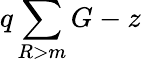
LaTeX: q\sum\limits_{R>m}G-z